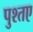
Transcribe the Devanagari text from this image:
पुश्तए